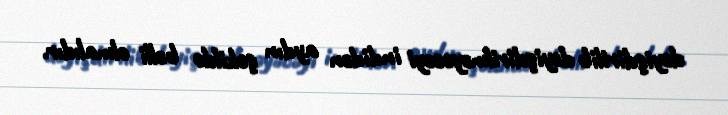
dəyişdirilib dəyişdirilməyəcəyi indidən aydın şəkildə bəlli olmalıdır.